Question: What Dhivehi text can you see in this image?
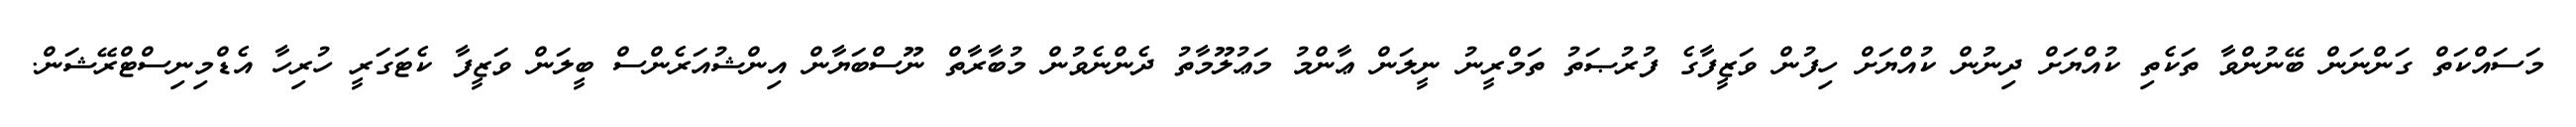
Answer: މަސައްކަތް ގަންނަން ބޭނުންވާ ތަކެތި ކުއްޔަށް ދިނުން ކުއްޔަށް ހިފުން ވަޒީފާގެ ފުރުޞަތު ތަމްރީނު ނީލަން ޢާންމު މަޢުލޫމާތު ދެންނެވުން މުބާރާތް ނޫސްބަޔާން އިންޝުއަރެންސް ބީލަން ވަޒީފާ ކެޓަގަރީ ހުރިހާ އެޑްމިނިސްޓްރޭޝަން.